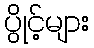
ပွိုင့်များ